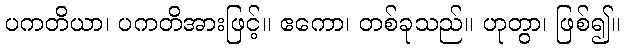
ပကတိယာ၊ ပကတိအားဖြင့်။ ဧကော၊ တစ်ခုသည်။ ဟုတွာ၊ ဖြစ်၍။